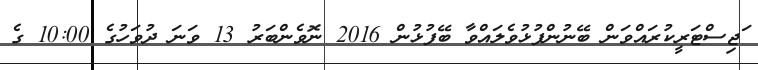
ަޖިސްޓަރީކުރައްވަން ބޭނުންފުޅުވެލައްވާ ބޭފުޅުން 2016 ނޮވެންބަރު 13 ވަނަ ދުވަހުގެ 10:00 ގެ